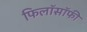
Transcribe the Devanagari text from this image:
फिलाॅसाॅफी